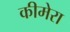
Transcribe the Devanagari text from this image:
कीमेरा